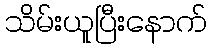
သိမ်းယူပြီးနောက်